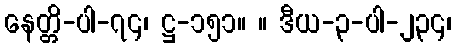
နေတ္တိ-ပါ-၇၄၊ ဋ္ဌ-၁၅၁။ ။ ဒီယ-၃-ပါ-၂၃၄၊